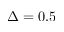
\Delta = 0 . 5